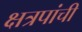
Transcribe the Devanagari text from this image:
क्षत्रपांची